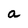
Character: a